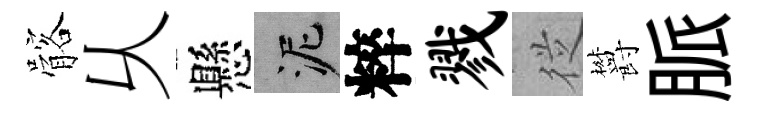
髂乆懸泥粹戮従欝脈